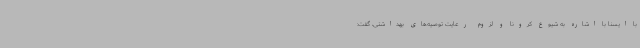
با ایسنا با اشاره به شیوع کرونا و لزوم رعایت توصیه‌های بهداشتی، گفت: